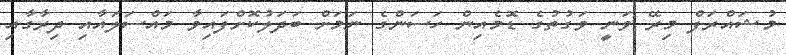
މުޝައްރަފް މިރޭ ވަނީ ވަގުތުގެ ޑޮމެއިން ހަސަންގެ ނަމަށް ބަދަލުކޮށްފައިވާ މައްސަލައާއި ދިރާގާއި